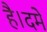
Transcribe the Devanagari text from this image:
है।दमे